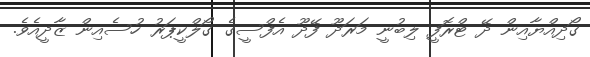
ގޯދިއްޔާއިން ދޭ ޓްރޮފީ ލިބުނީ މަރަދޫ ފޭދޫ އެފްސީގެ ގޯލްކީޕަރު ހުސެއިން ޒާދީއެވެ.